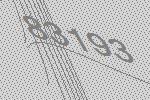
83193